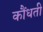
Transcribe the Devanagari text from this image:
कौंधती